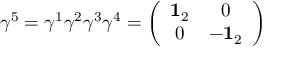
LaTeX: \gamma ^ { 5 } = \gamma ^ { 1 } \gamma ^ { 2 } \gamma ^ { 3 } \gamma ^ { 4 } = \left( \begin{array} { c c } { { { \bf 1 } _ { 2 } } } & { { 0 } } \\ { { 0 } } & { { - { \bf 1 } _ { 2 } } } \end{array} \right)